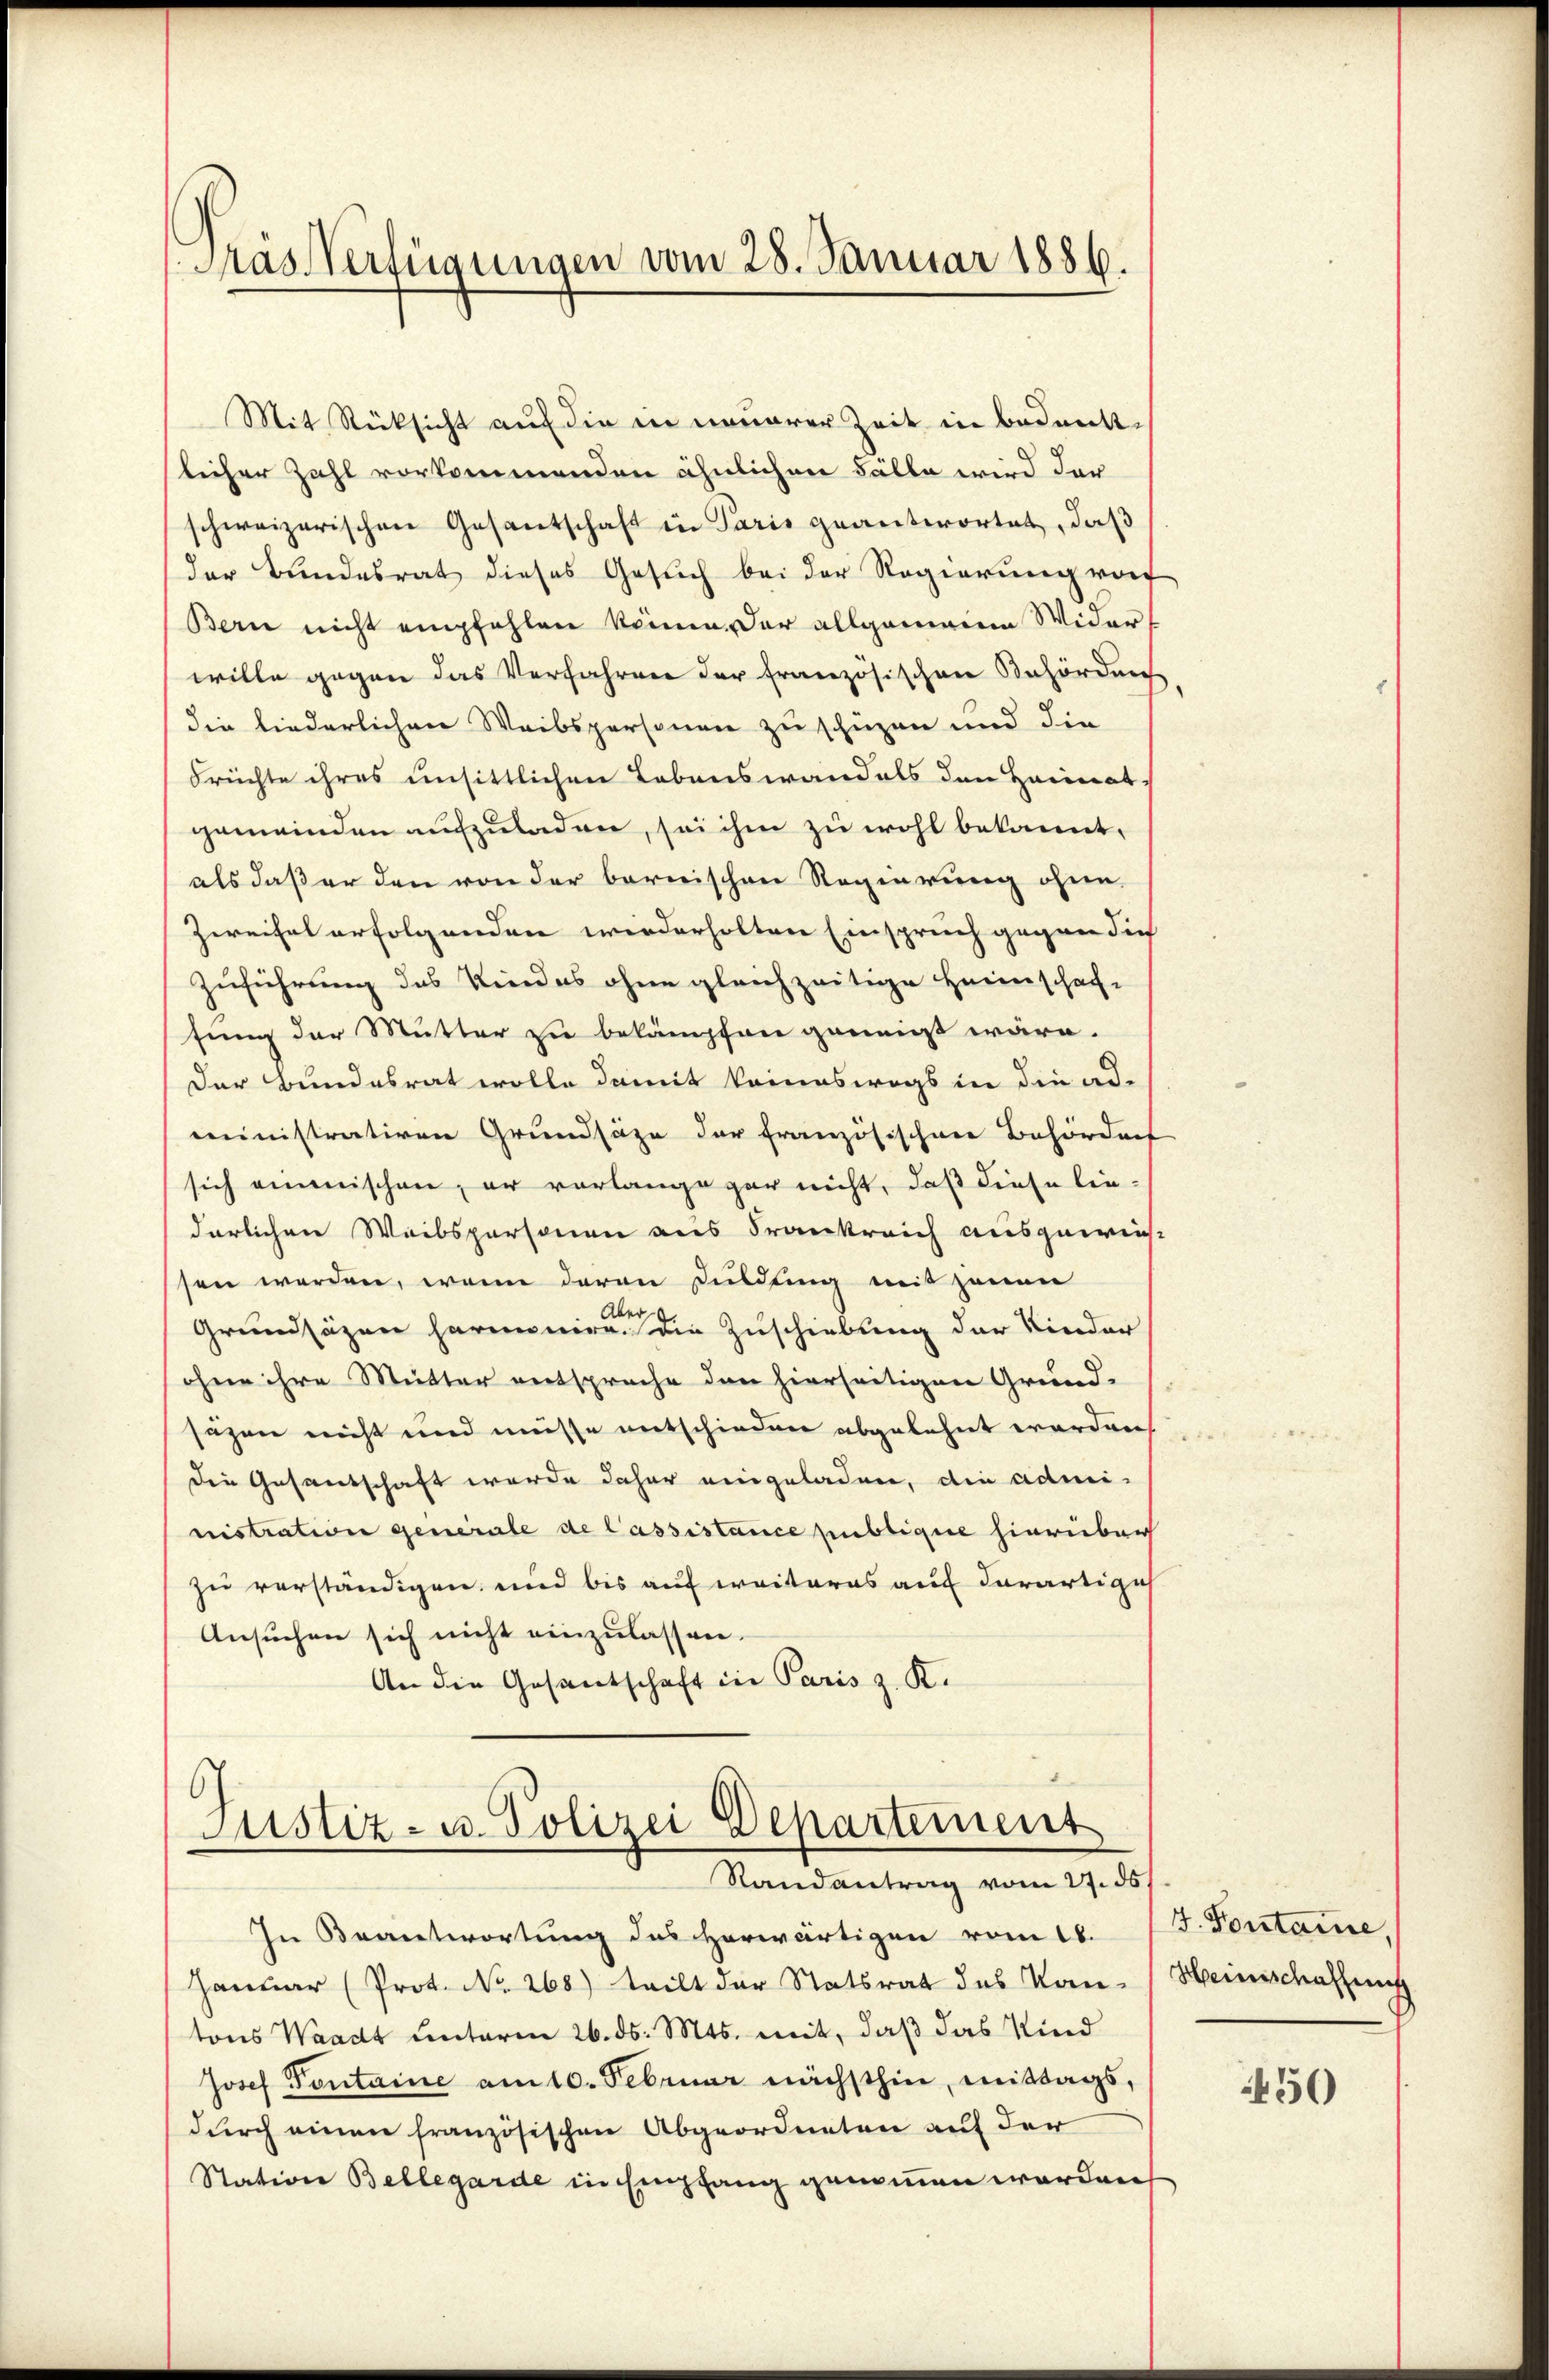
Mit Rücksicht auf die in neuerer Zeit in Bedenkslicher Zahl vorkommenden ähnlichen Fälle wird der
schweizerischen Gesantschaft in Paris geantwortet, daß
der Bundesrat dieses Gesuch bei der Regierung vor
Bern nicht empfehlen könne. Der allgemeine Widerwille gegen das Verfahren der französischen Behörden
die liederlichen Weibspersonen zu schüzen und die
Früchte ihres unsittlichen Lebenswandels den Heimat.
gemeinden aufzuladen, sei ihm zu wohl bekannt,
als daß er den von der bernischen Regierung ohne
Zweifel erfolgenden wiederholten Einspruch gegen die
Zuführung das Kindes ohne gleichzeitige Heimschaf-
fung der Mutter zu bekämpfen geneigt wäre.
Der Bundesrat wolle damit keineswegs in die ad-
ministrativen Grundsätze der französischen Behörders
sich einmischen, er vorlange gar nicht, daß diese lie-
derlichen Weibspersonen aus Frankreich ausgewies
sen werden, wenn daran Duldung mit jenen
ber
Grundsäzen harmoniren die Zuschiebung der Kinder
ohne ihre Mutter entsprache den hierseitigen Grund-
säzen nicht und müsse entschieden abgelehnt werden
die Gesantschaft werde daher eingeladen, die administration generale de Cassistance publique hierüber
zu verständigen, und bis auf weiteres auf derartige
Ansuchen sich nicht einzulassen.
An die Gesantschaft in Paris z. K.

Pras Verfügungen vom 28. Januar 1886.

Justiz- u. Polizei Departement
Randantrag vom 27. ds.

In Beantwortung des Horwärtigen vom 18. J. Pontaine,
Januar (Prot. No. 268) teilt der Statsrat des Kan-Heimschaffen
tons Waadt unterm 26. ds. Mts. mit, daß das Kind
Josef Pontaine am 10. Februar nächsthin, mittags,
durch einen französischen Abgeordneten auf der
Station Bellegarde in Empfang genommen werden

450